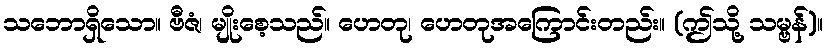
သဘောရှိသော။ ဗီဇံ၊ မျိုးစေ့သည်။ ဟေတု၊ ဟေတုအကြောင်းတည်း။ (ဤသို့ သမ္ဗန်)။